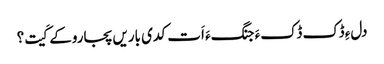
دلءِ ڈک ڈکءَ جنگءَ اَت کدی باریں پجاروکے کَیت؟